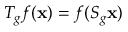
T _ { g } f ( \mathbf { x } ) = f ( S _ { g } \mathbf { x } )